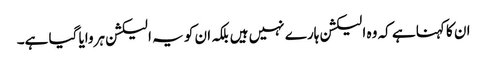
ان کا کہنا ہے کہ وہ الیکشن ہارے نہیں ہیں بلکہ ان کو یہ الیکشن ہروایا گیا ہے۔